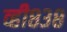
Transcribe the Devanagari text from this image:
व्ही८३८